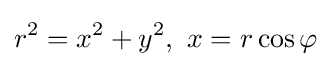
r^{2}=x^{2}+y^{2},\ x=r\cos \varphi